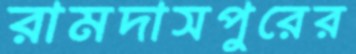
রামদাসপুরের